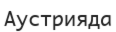
Аустрияда